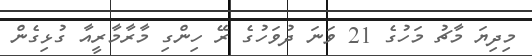
މިދިޔަ މާޗު މަހުގެ 21 ވަނަ ދުވަހުގެ ރޭ ހިންގި މާރާމާރީއާ ގުޅިގެން